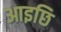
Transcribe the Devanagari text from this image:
आइछि